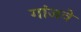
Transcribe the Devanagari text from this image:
गांजवे